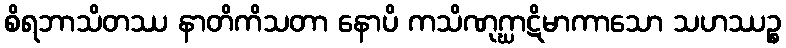
စိရဘာသိတဿ နာတိကိသတာ နောပိ ကသိဏုဂ္ဃာဋိမာကာသော သဟဿဉ္စ